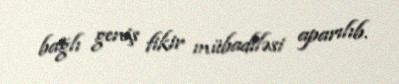
bağlı geniş fikir mübadiləsi aparılıb.